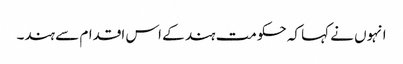
انہوں نے کہا کہ حکومت ہند کے اس اقدام سے ہند۔